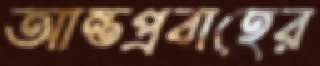
আন্তপ্রবাহের